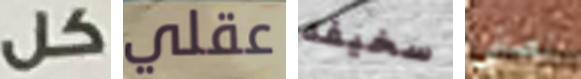
كل عقلي سخيفه نصفي